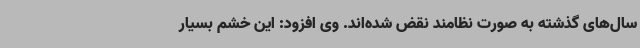
سال‌های گذشته به صورت نظامند نقض شده‌اند. وی افزود: این خشم بسیار